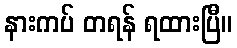
နားကပ် တရန် ရထားပြီ။